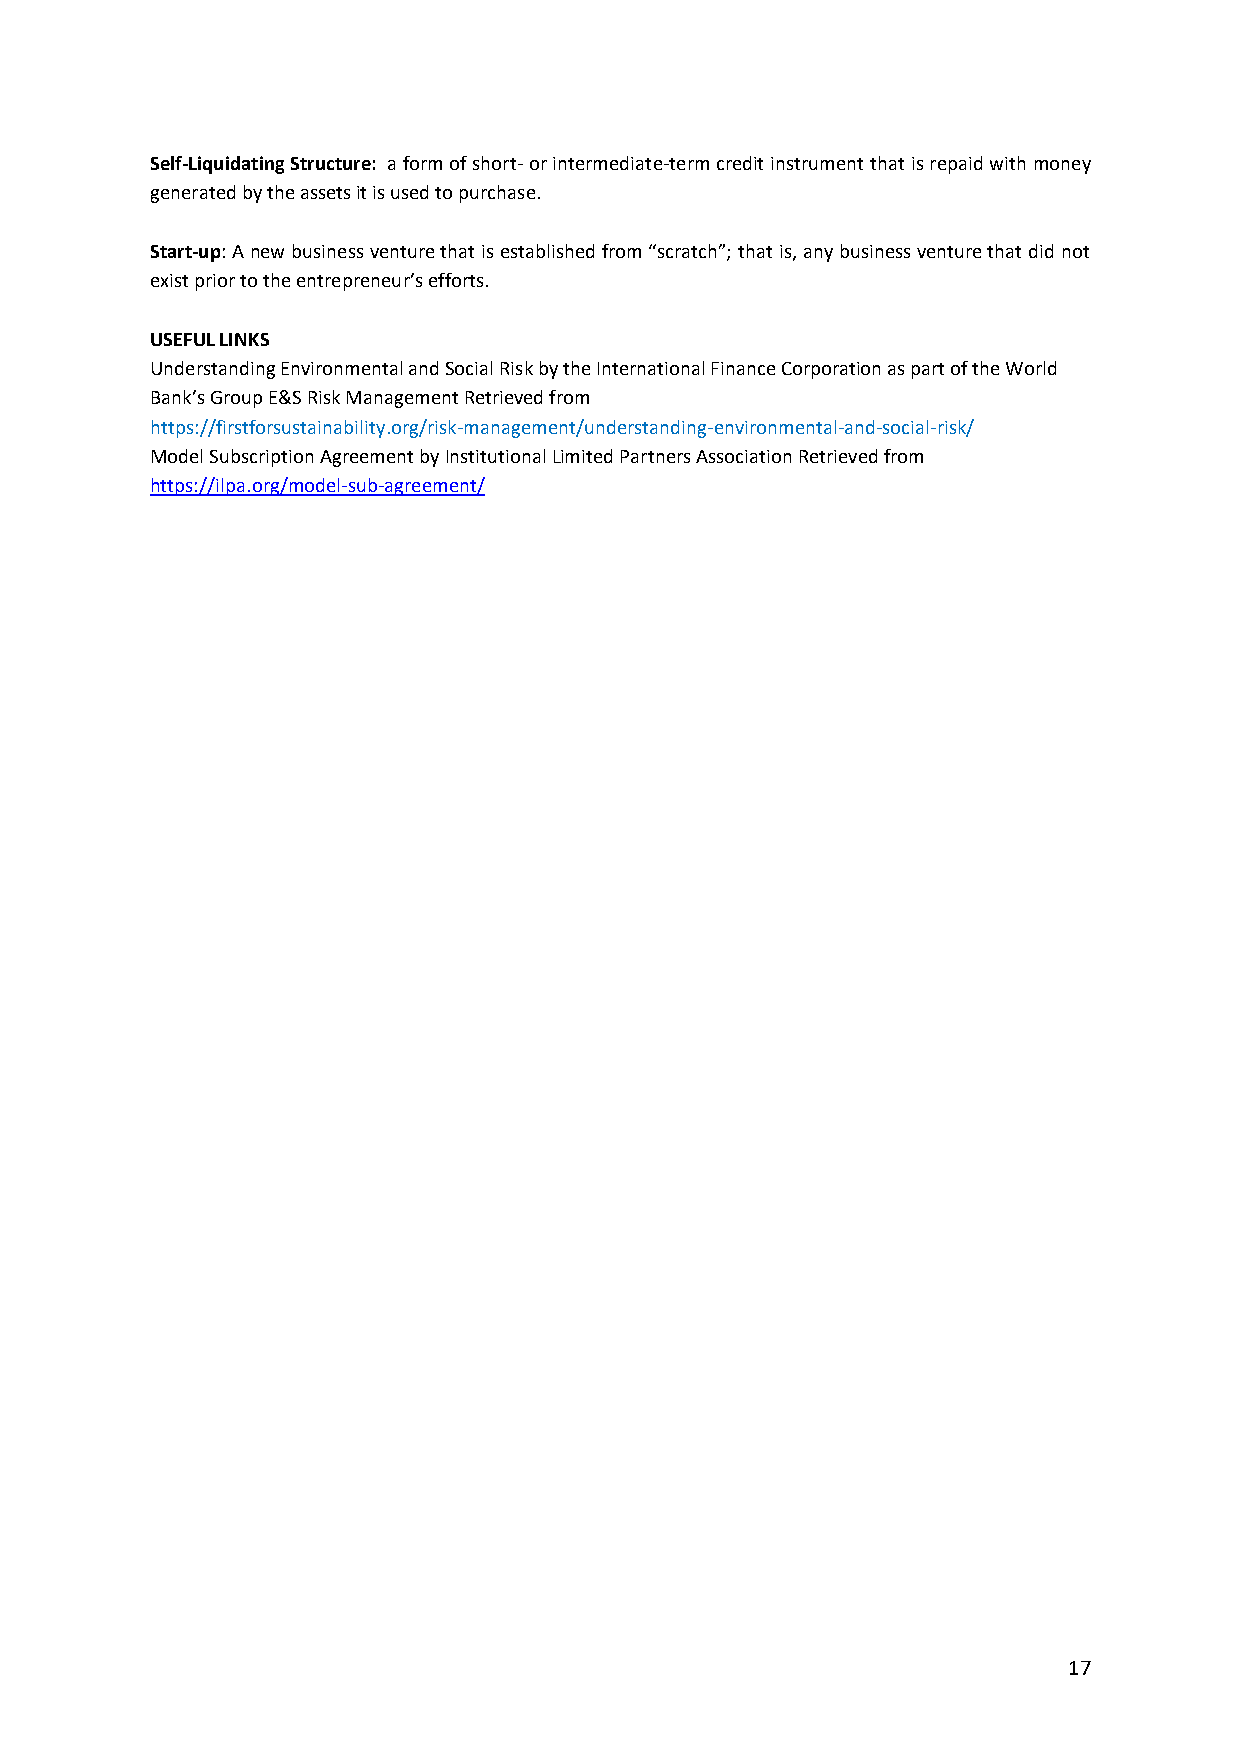
Self-Liquidating Structure: a form of short- or intermediate-term credit instrument that is repaid with money
 generated by the assets it is used to purchase.
 Start-up: A new business venture that is established from “scratch”; that is, any business venture that did not
 exist prior to the entrepreneur’s efforts.
 USEFUL LINKS
 Understanding Environmental and Social Risk by the International Finance Corporation as part of the World
 Bank’s Group E&S Risk Management Retrieved from
 https://firstforsustainability.org/risk-management/understanding-environmental-and-social-risk/
 Model Subscription Agreement by Institutional Limited Partners Association Retrieved from
 https://ilpa.org/model-sub-agreement/
 17